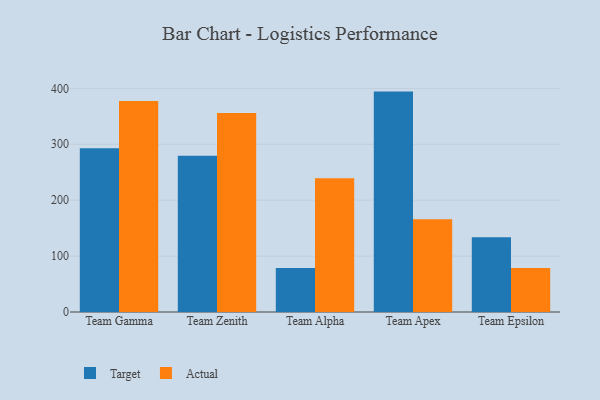
{"axis": {"x": "Team", "y": "Operating Costs (USD K)"}, "legend": ["Actual", "Target"], "data": [{"x": "Team Gamma", "y": 292.9, "type": "Target"}, {"x": "Team Gamma", "y": 377.2, "type": "Actual"}, {"x": "Team Zenith", "y": 279.3, "type": "Target"}, {"x": "Team Zenith", "y": 355.7, "type": "Actual"}, {"x": "Team Alpha", "y": 78.8, "type": "Target"}, {"x": "Team Alpha", "y": 239.3, "type": "Actual"}, {"x": "Team Apex", "y": 394.1, "type": "Target"}, {"x": "Team Apex", "y": 165.8, "type": "Actual"}, {"x": "Team Epsilon", "y": 133.7, "type": "Target"}, {"x": "Team Epsilon", "y": 78.6, "type": "Actual"}]}